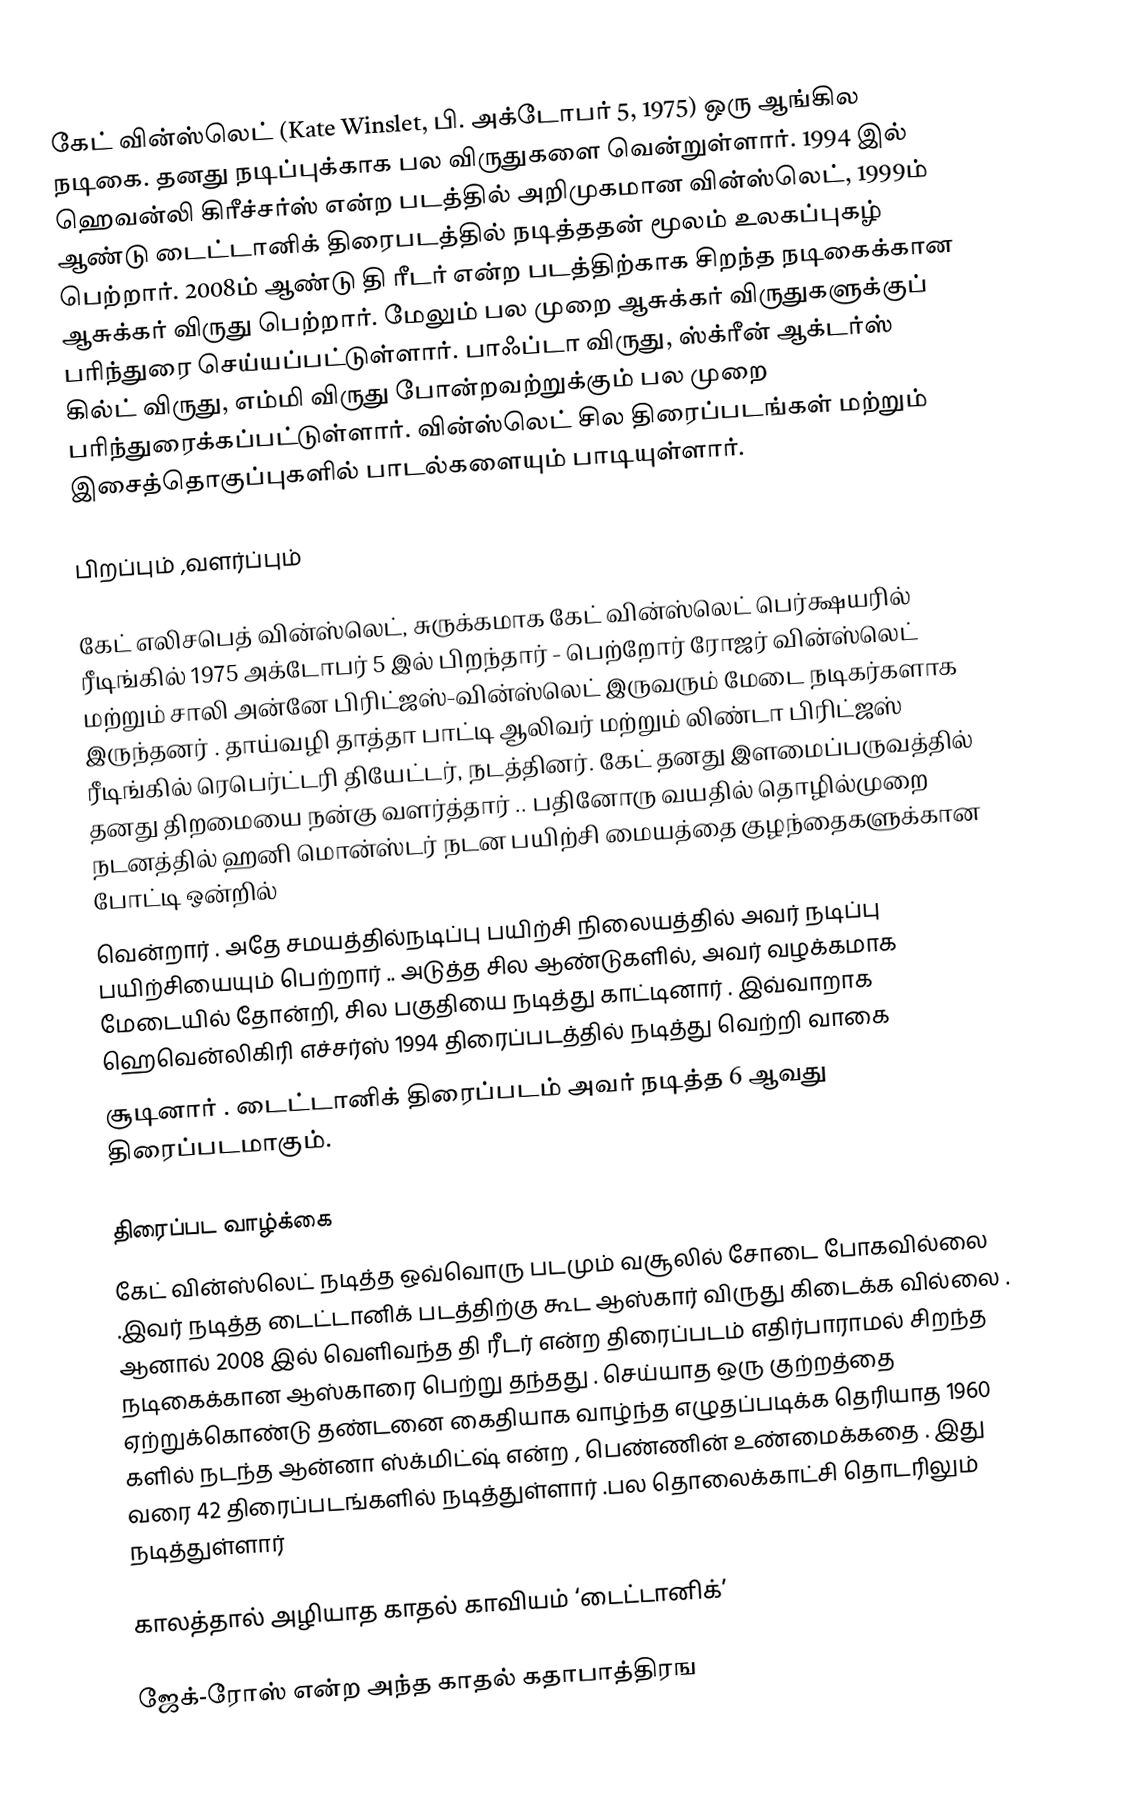
கேட் வின்ஸ்லெட் (Kate Winslet, பி. அக்டோபர் 5, 1975) ஒரு ஆங்கில நடிகை. தனது நடிப்புக்காக பல விருதுகளை வென்றுள்ளார். 1994 இல் ஹெவன்லி கிரீச்சர்ஸ் என்ற படத்தில் அறிமுகமான வின்ஸ்லெட், 1999ம் ஆண்டு டைட்டானிக் திரைபடத்தில் நடித்ததன் மூலம் உலகப்புகழ் பெற்றார். 2008ம் ஆண்டு தி ரீடர் என்ற படத்திற்காக சிறந்த நடிகைக்கான ஆசுக்கர் விருது பெற்றார். மேலும் பல முறை ஆசுக்கர் விருதுகளுக்குப் பரிந்துரை செய்யப்பட்டுள்ளார். பாஃப்டா விருது, ஸ்க்ரீன் ஆக்டர்ஸ் கில்ட் விருது, எம்மி விருது போன்றவற்றுக்கும் பல முறை பரிந்துரைக்கப்பட்டுள்ளார். வின்ஸ்லெட் சில திரைப்படங்கள் மற்றும் இசைத்தொகுப்புகளில் பாடல்களையும் பாடியுள்ளார்.

பிறப்பும் ,வளர்ப்பும்

கேட் எலிசபெத் வின்ஸ்லெட், சுருக்கமாக கேட் வின்ஸ்லெட்  பெர்க்ஷயரில் ரீடிங்கில்  1975  அக்டோபர் 5 இல் பிறந்தார்  - பெற்றோர் ரோஜர் வின்ஸ்லெட் மற்றும் சாலி அன்னே பிரிட்ஜஸ்-வின்ஸ்லெட் இருவரும் மேடை நடிகர்களாக இருந்தனர் . தாய்வழி தாத்தா பாட்டி ஆலிவர் மற்றும் லிண்டா பிரிட்ஜஸ் ரீடிங்கில் ரெபெர்ட்டரி தியேட்டர், நடத்தினர். கேட் தனது இளமைப்பருவத்தில் தனது திறமையை  நன்கு வளர்த்தார் .. பதினோரு வயதில்    தொழில்முறை நடனத்தில் ஹனி மொன்ஸ்டர்  நடன பயிற்சி மையத்தை குழந்தைகளுக்கான போட்டி ஒன்றில்
வென்றார் .  அதே சமயத்தில்நடிப்பு பயிற்சி நிலையத்தில்  அவர் நடிப்பு பயிற்சியையும் பெற்றார் .. அடுத்த சில ஆண்டுகளில், அவர் வழக்கமாக மேடையில் தோன்றி, சில பகுதியை நடித்து காட்டினார் . இவ்வாறாக ஹெவென்லிகிரி எச்சர்ஸ் 1994 திரைப்படத்தில் நடித்து வெற்றி வாகை
சூடினார் . டைட்டானிக் திரைப்படம் அவர் நடித்த 6 ஆவது திரைப்படமாகும்.

திரைப்பட வாழ்க்கை
கேட் வின்ஸ்லெட் நடித்த ஒவ்வொரு படமும் வசூலில் சோடை போகவில்லை .இவர் நடித்த டைட்டானிக் படத்திற்கு  கூட ஆஸ்கார் விருது கிடைக்க வில்லை . ஆனால் 2008  இல் வெளிவந்த தி ரீடர்  என்ற திரைப்படம் எதிர்பாராமல் சிறந்த நடிகைக்கான ஆஸ்காரை பெற்று தந்தது . செய்யாத ஒரு குற்றத்தை ஏற்றுக்கொண்டு தண்டனை கைதியாக வாழ்ந்த எழுதப்படிக்க தெரியாத 1960 களில் நடந்த ஆன்னா ஸ்க்மிட்ஷ் என்ற , பெண்ணின் உண்மைக்கதை . இது வரை 42  திரைப்படங்களில் நடித்துள்ளார் .பல தொலைக்காட்சி தொடரிலும் நடித்துள்ளார்

காலத்தால் அழியாத காதல் காவியம் ‘டைட்டானிக்’

ஜேக்-ரோஸ் என்ற அந்த காதல் கதாபாத்திரங